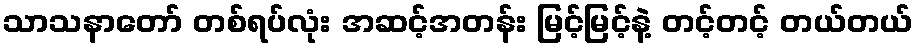
သာသနာတော် တစ်ရပ်လုံး အဆင့်အတန်း မြင့်မြင့်နဲ့ တင့်တင့် တယ်တယ်